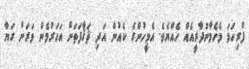
ފުރިހަމަ މެހެމާނުދާރީއެއް ހެއްޔެވެ. އެމީހުންގެ ކެއުން އަދި ޘަޤާފަތަށް އަހަރުމެން ވަރަށް ގަޔާ